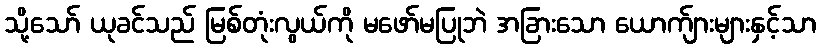
သို့သော် ယုခင်သည် မြစ်တုံးလွယ်ကို မဖော်မပြုဘဲ အခြားသော ယောက်ျားများနှင့်သာ